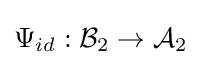
\Psi _{id}:{\mathcal {B}}_{2}\rightarrow {\mathcal {A}}_{2}